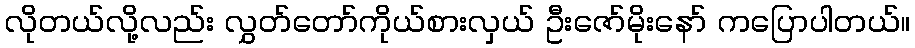
လိုတယ်လို့လည်း လွှတ်တော်ကိုယ်စားလှယ် ဦးဇော်မိုးနော် ကပြောပါတယ်။